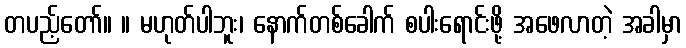
တပည့်တော်။ ။ မဟုတ်ပါဘူး၊ နောက်တစ်ခေါက် စပါးရောင်းဖို့ အဖေလာတဲ့ အခါမှာ